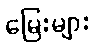
မြေးများ